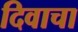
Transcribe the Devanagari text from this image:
दिवाचा